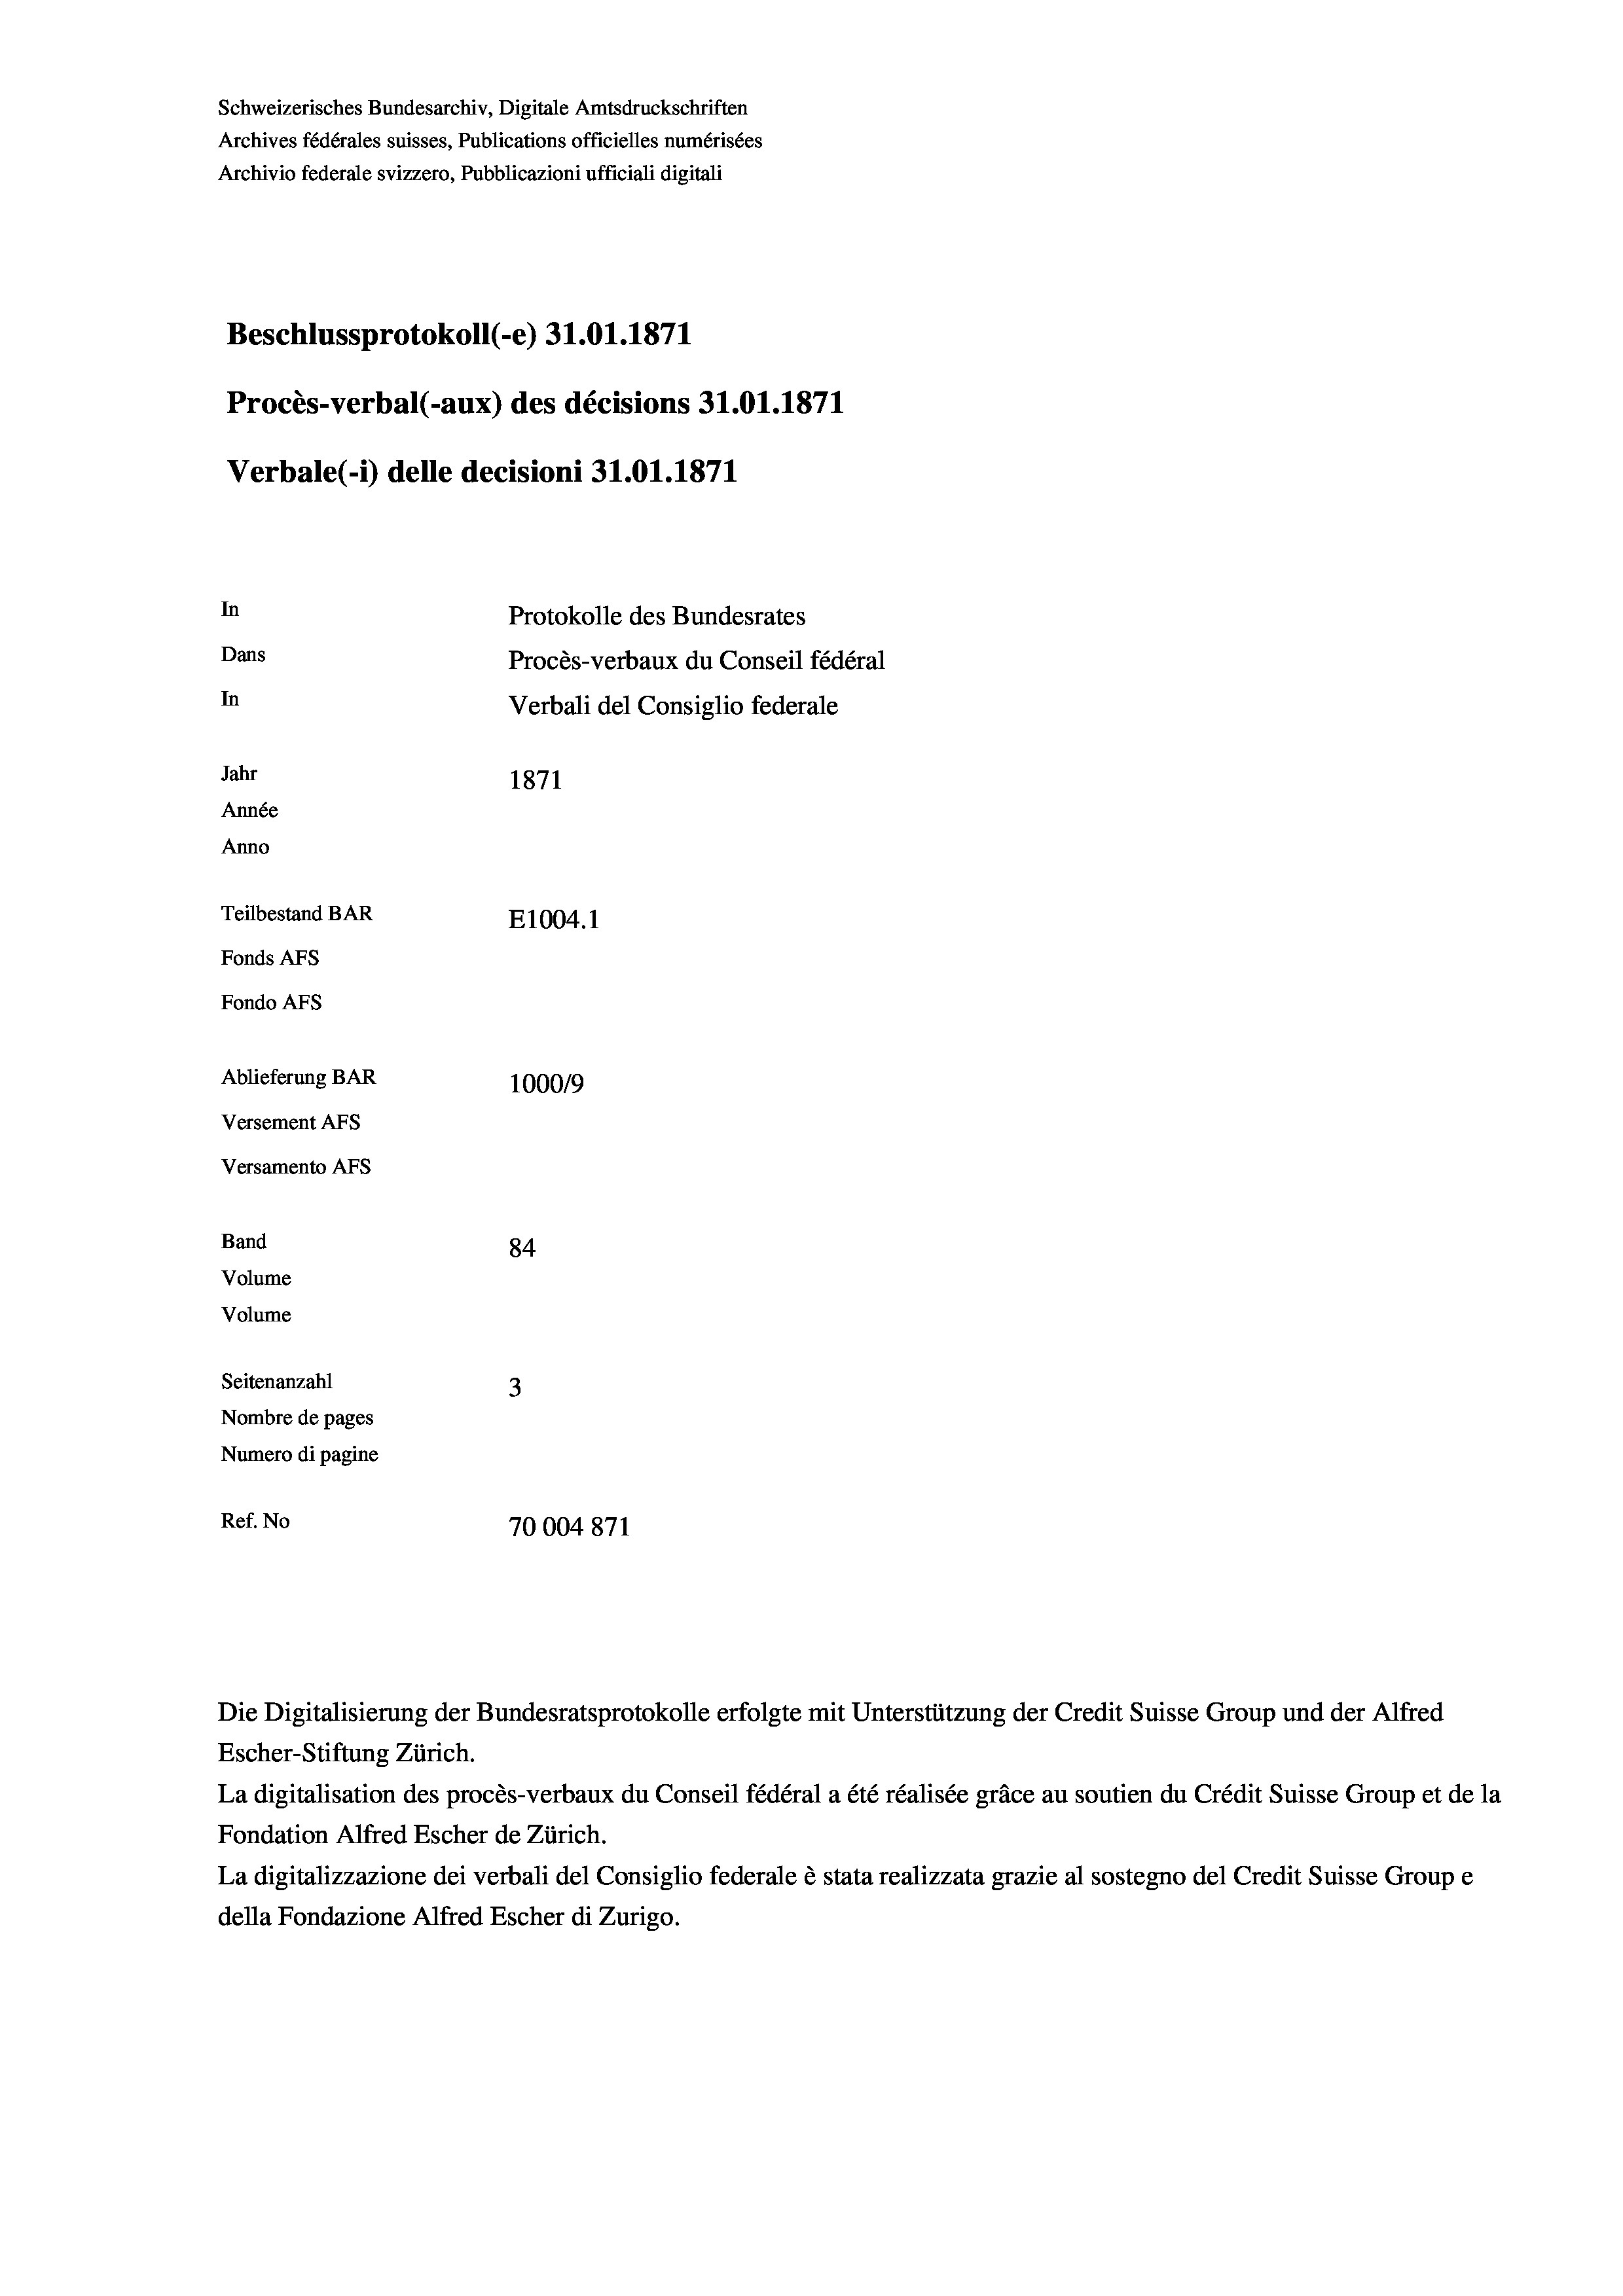
Schweizerisches Bundesarchiv, Digitale Amtsdruckschriften
Archives fédérales suisses, Publications officielles numérisées
Archivio federale svizzero, Pubblicazioni ufficiali digitali
Beschlussprotokoll (-e) 31.01. 1871
Procès-verbal (-aux) des décisions 31.01. 1871
Verbale (1) delle decisioni 31.01. 1871
In
Protokolle des Bundesrates
Dans
Procès-verbaux du Conseil fédéral
In
Verbali del Consiglio federale
Jahr
1871
Année
Anno
Teilbestand BAR
E1004. 1
Fonds AFs
Fondo AFs
Ablieferung BAR
100019

Versement Abs
Versamento Afs
Band
Volume
Volume

84
Seitenanzahl
3
Nombre de pages
Numero di pagine
Ref. No
70004871

Die Digitalisierung der Bundesratsprotokolle erfolgte mit Unterstützung der Credit Suisse Group und der Alfred

Escher-Stiftung Zürich.
La digitalisation des procès-verbaux du Conseil fédéral a été réalisée gräce au soutien du Crédit Suisse Group et de la
Fondation Alfred Escher de Zürich.
La digitalizzazione dei verbali del Consiglio federale è stata realizzata grazie al sostegno del Credit Suisse Groupe
della Fondazione Alfred Escher di Zurigo.